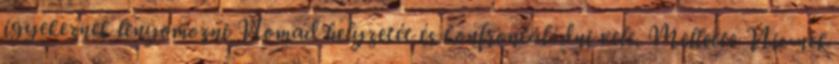
igyekeznek lenyomozni Nomad helyzetét és konfrontálódni vele. Mellette Nic-nek